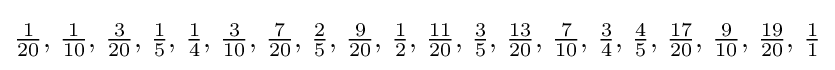
{\tfrac {1}{20}},\,{\tfrac {1}{10}},\,{\tfrac {3}{20}},\,{\tfrac {1}{5}},\,{\tfrac {1}{4}},\,{\tfrac {3}{10}},\,{\tfrac {7}{20}},\,{\tfrac {2}{5}},\,{\tfrac {9}{20}},\,{\tfrac {1}{2}},\,{\tfrac {11}{20}},\,{\tfrac {3}{5}},\,{\tfrac {13}{20}},\,{\tfrac {7}{10}},\,{\tfrac {3}{4}},\,{\tfrac {4}{5}},\,{\tfrac {17}{20}},\,{\tfrac {9}{10}},\,{\tfrac {19}{20}},\,{\tfrac {1}{1}}